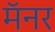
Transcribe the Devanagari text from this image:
मॅनर